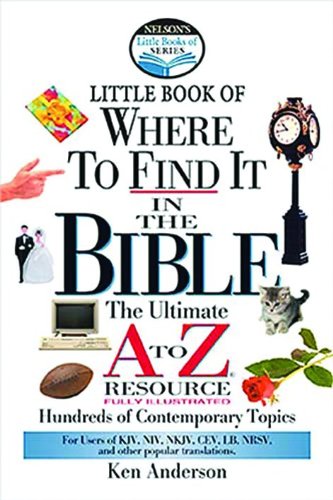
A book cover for Nelson's Little Book of Where To Find It in the Bible; Ken Anderson; Reference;